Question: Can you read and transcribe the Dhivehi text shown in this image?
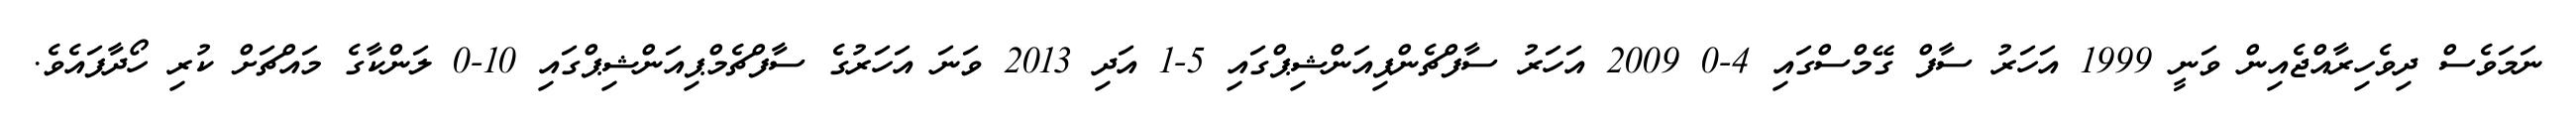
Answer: ނަމަވެސް ދިވެހިރާއްޖެއިން ވަނީ 1999 އަހަރު ސާފް ގޭމްސްގައި 4-0 2009 އަހަރު ސާފްޗެންޕިއަންޝިޕްގައި 5-1 އަދި 2013 ވަނަ އަހަރުގެ ސާފްޗެމްޕިއަންޝިޕްގައި 10-0 ލަންކާގެ މައްޗަށް ކުރި ހޯދާފައެވެ.